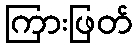
ကြားဖြတ်